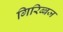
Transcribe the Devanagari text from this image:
गिरिब्बज